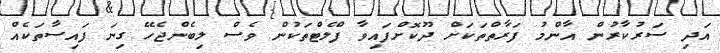
އަދި ސަރުކާރުން އާންމު ފަރާތްތަކަށް ދޫކޮށްފައިވާ ފްލެޓްތަކުން ވެސް ލިބެންޖެހޭ ގިނަ ފައިސާތަކެއް